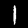
Digit: 1